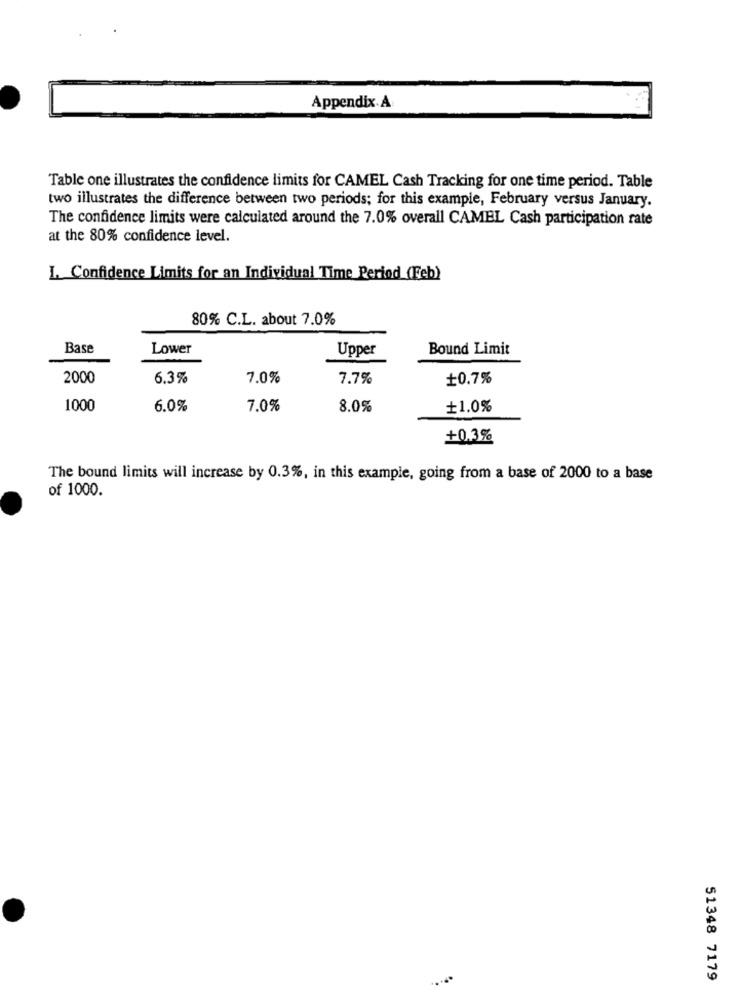
Appendix A
Table one illustrates the confidence limits for CAMEL Cash Tracking for one time period. Table
two illustrates the difference between two periods; for this example, February versus January.
The confidence limits were calculated around the 7.0% overall CAMEL Cash participation rate
at the 80% confidence level.
I. Confidence Limits for an Individual Time Period (Feb)
80% C.L. about 7.0%
Base
Lower
Upper
Bound Limit
2000
6.3%
7.0%
7.7%
+0.7%
1000
6.0%
7.0%
8.0%
+1.0%
+0.3%
The bound limits will increase by 0.3%, in this example, going from a base of 2000 to a base
of 1000.
51348 7179